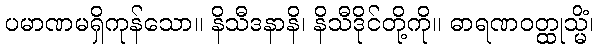
ပမာဏမရှိကုန်သော။ နိသီဒနာနိ၊ နိသီဒိုင်တို့ကို။ ဓာရဏဝတ္ထုသ္မိံ၊